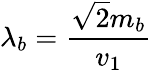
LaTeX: \lambda_{b}=\frac{\sqrt{2}m_{b}}{v_{1}}